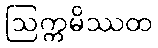
ဩက္ကမိဿထ